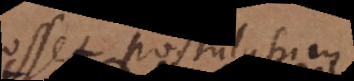
posset postulatum,